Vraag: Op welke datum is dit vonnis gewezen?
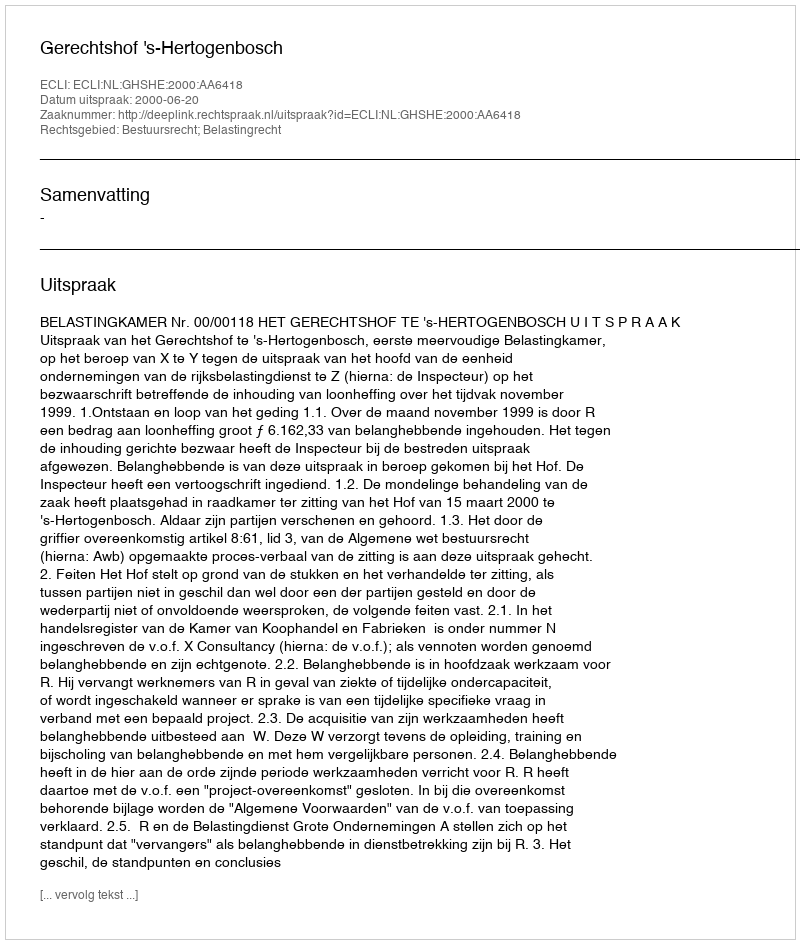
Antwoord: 2000-06-20